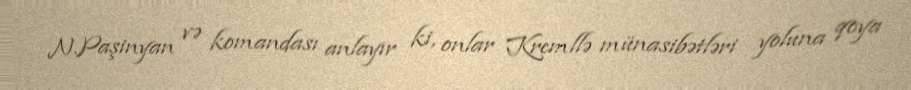
N.Paşinyan və komandası anlayır ki, onlar Kremllə münasibətləri yoluna qoya